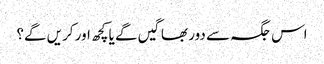
اس جگہ سے دور بھاگیں گے یا کچھ اور کریں گے؟